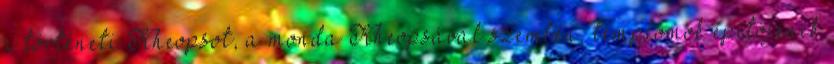
a történeti Kheopsot, a monda Kheopsával szemben, templomok építőjének